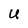
Character: U